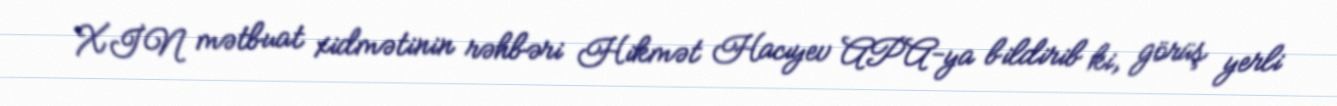
XİN mətbuat xidmətinin rəhbəri Hikmət Hacıyev APA-ya bildirib ki, görüş yerli